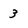
Character: 3